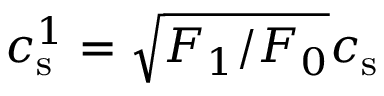
c _ { \mathrm { s } } ^ { 1 } = \sqrt { F _ { 1 } / F _ { 0 } } c _ { \mathrm { s } }